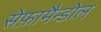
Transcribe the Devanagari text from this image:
सेफ़ामैन्डोल